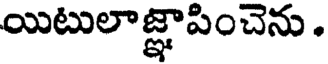
యిటులాజ్ఞాపించెను .